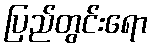
ပြည်တွင်းရော